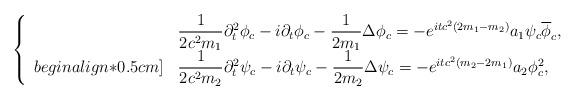
LaTeX: \begin{align*}\left\{\begin{array}{ll}&\dfrac{1}{2c^2m_1}\partial_t^2\phi_c-i\partial_t\phi_c-\dfrac{1}{2m_1}\Delta\phi_c=-e^{itc^2(2m_1-m_2)}a_1\psi_c\overline{\phi}_c, \\begin{align*}0.5cm]&\dfrac{1}{2c^2m_2}\partial_t^2\psi_c-i\partial_t\psi_c-\dfrac{1}{2m_2}\Delta\psi_c=-e^{itc^2(m_2-2m_1)}a_2\phi_c^2,\end{array}\right.\end{align*}